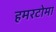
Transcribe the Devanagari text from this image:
हमरटोमा